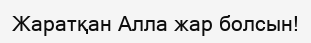
Жаратқан Алла жар болсын!